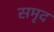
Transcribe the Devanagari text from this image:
समृद